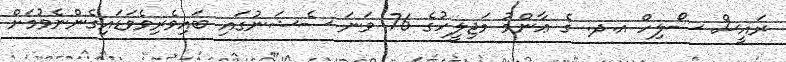
ރައީސް ސޯލިހް އ.ދ. ގެ ޢާންމު މަޖިލީހުގެ 76 ވަނަ ސެޝަނުގައި ބައިވެރިވެވަޑައިގެންނެވުމަށް